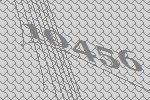
10456